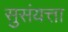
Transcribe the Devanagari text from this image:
सुसंयत्ता